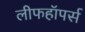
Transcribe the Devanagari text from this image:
लीफहॉपर्स